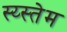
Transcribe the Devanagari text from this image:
स्य्स्तेम